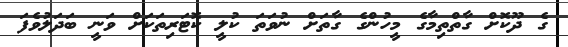
ގެ ދޫކޮށް ގާތްތިމާގެ މީހުންގެ ގާތަށް ނުވަތަ ކުލީ ކޮޓަރިތަކަށް ވަނީ ބަދަލުވެފަ